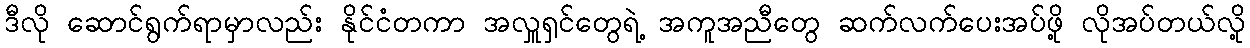
ဒီလို ဆောင်ရွက်ရာမှာလည်း နိုင်ငံတကာ အလှူရှင်တွေရဲ့ အကူအညီတွေ ဆက်လက်ပေးအပ်ဖို့ လိုအပ်တယ်လို့